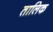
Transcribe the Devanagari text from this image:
तालिक